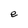
Character: e